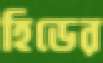
হিডের